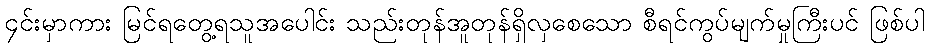
၄င်းမှာကား မြင်ရတွေ့ရသူအပေါင်း သည်းတုန်အူတုန်ရှိလှစေသော စီရင်ကွပ်မျက်မှုကြီးပင် ဖြစ်ပါ